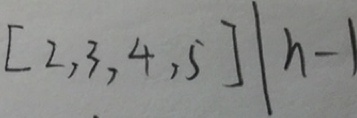
[ 2 , 3 , 4 , 5 ] \vert n - 1